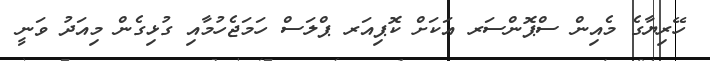
ހޭރިޔާގެ މެއިން ސްޕޮންސަރ އަކަށް ކޮޕިއަރ ޕްލަސް ހަމަޖެހުމާއި ގުޅިގެން މިއަދު ވަނީ